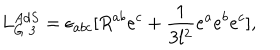
L _ { G \; 3 } ^ { A d S } = \epsilon _ { a b c } [ R ^ { a b } e ^ { c } + \frac { 1 } { 3 l ^ { 2 } } e ^ { a } e ^ { b } e ^ { c } ] ,